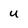
Character: U